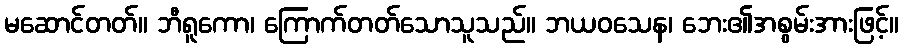
မဆောင်တတ်။ ဘီရူကော၊ ကြောက်တတ်သောသူသည်။ ဘယဝသေန၊ ဘေး၏အစွမ်းအားဖြင့်။